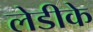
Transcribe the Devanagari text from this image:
लेडीके